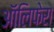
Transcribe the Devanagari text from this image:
ऑलिफेरा